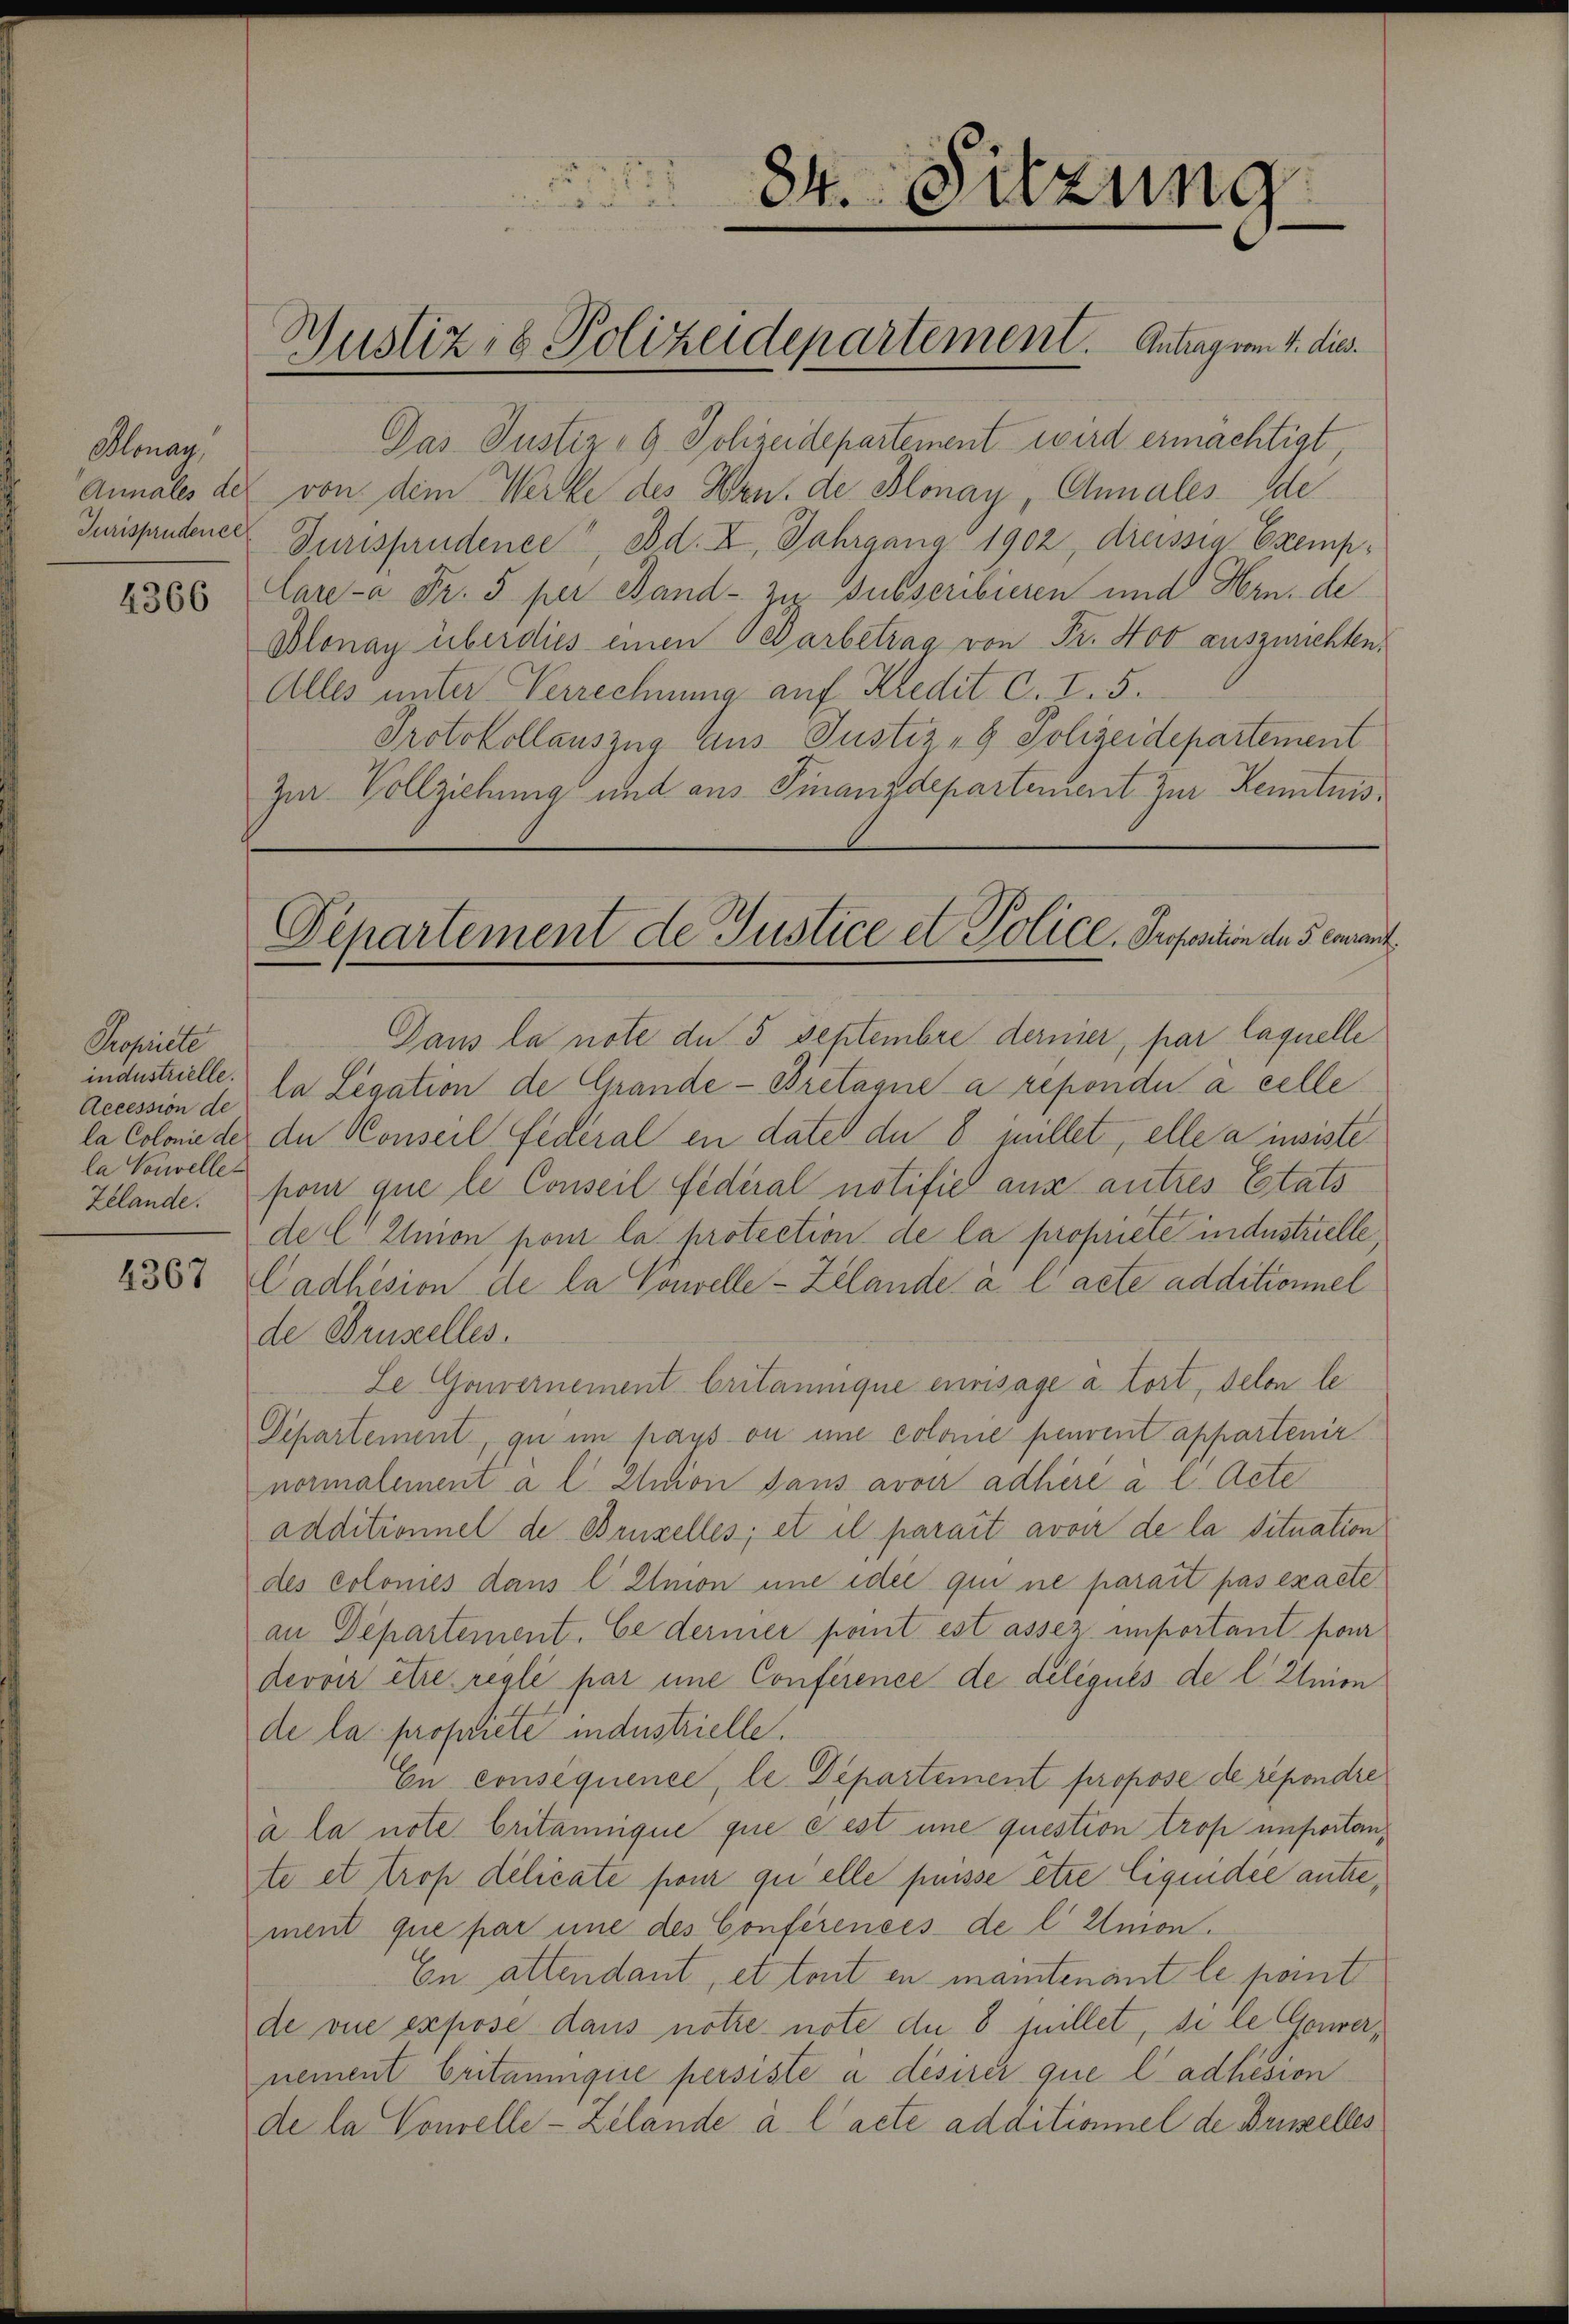
Blonau,
Jurisprudence

Propiste
industrielle.
Accession de
la Colonie de
la Vouvellet

4367

Das Justiz - 9 Jolizeidepartement wird ermächtigt,
Annales der von dem Werke des Hrn. de Blonay, Chales ode
Jurisprudence, Bd. I, Jahrgang 1902, dreissig Exemp¬
1885 Care-a Fr. 5 per Stand- zu Subscribieren und Hrn. de
Blonay überdies einen Bearbetrag von Fr. 400 auszurichten.
Alles unter Verrechnung auf Kledit C. I. 5.
Protokollauszug aus Justiz- & Polizeidepartement
Zur Vollziehung und aus Finanzdepartement zur Kenntnis¬

84. Sitzung
u

Bustiz- & Polizeidepartement. Antrag vom 4. dies

Departement de Justice et Police Proposition des consent.

Gans la note de 5 Septembre dernier, par laquelle
la Legation de Grande - Bretagne a repondui à celle
de Konseil, Federal en dates du 8 millet, elle a insiste
Zelande. fon que le Conseil fédéral notifiel aus autres Etats
del Union pour la protection de la propriete industrielle
Cadhésion de la Convelle - Zelande à l’acte additionnel
de Brustelles.
Le Gouvernement britannique envisage à fort, delon le
Departement, qu in pays ou une colonie peuvent appartenir
normalement a l Union sans avoir adhire à l. Acte
additionnel de Brustelles; et il parait avoir de la Situation
des colomes dans l’ Elmon une idee qui ne parait pas exacte
an Departement. Ce dermer pomit est assez unportant pour
devoir être réglé par eine Conference de délégués de l. Union
de la propriete industrielle.
En conséquence, le Departement propose de répondre
à la note Critannique que cest une question trop unportante et trop délicate pour quelle puisse être liquidie antrement que par une des Conferences de l Imon.
En attendant, et tout en maintenant le pont
de vue expose daus nöthe note die 8 fillet, si le Gouvernement britannique persiste à désirer que l’adhésion
de la Concelle-Zelände à l’acte additionnel de Brustelles